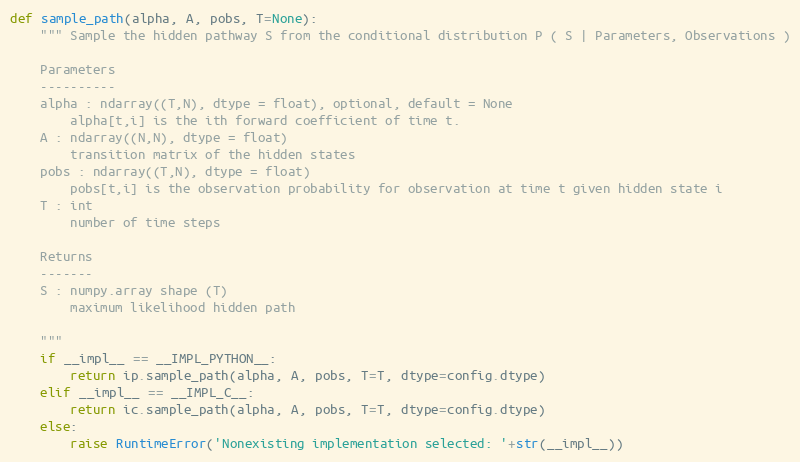
Language: Python
def sample_path(alpha, A, pobs, T=None):
    """ Sample the hidden pathway S from the conditional distribution P ( S | Parameters, Observations )

    Parameters
    ----------
    alpha : ndarray((T,N), dtype = float), optional, default = None
        alpha[t,i] is the ith forward coefficient of time t.
    A : ndarray((N,N), dtype = float)
        transition matrix of the hidden states
    pobs : ndarray((T,N), dtype = float)
        pobs[t,i] is the observation probability for observation at time t given hidden state i
    T : int
        number of time steps

    Returns
    -------
    S : numpy.array shape (T)
        maximum likelihood hidden path

    """
    if __impl__ == __IMPL_PYTHON__:
        return ip.sample_path(alpha, A, pobs, T=T, dtype=config.dtype)
    elif __impl__ == __IMPL_C__:
        return ic.sample_path(alpha, A, pobs, T=T, dtype=config.dtype)
    else:
        raise RuntimeError('Nonexisting implementation selected: '+str(__impl__))